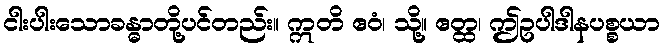
ငါးပါးသောခန္ဓာတို့ပင်တည်း။ ဣတိ ဧဝံ၊ သို့။ ဧတ္ထ၊ ဤဥပါဒါနပစ္စယာ